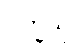
ပက္ခိသု